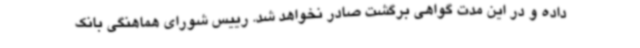
داده و در این مدت گواهی برگشت صادر نخواهد شد. رییس شورای هماهنگی بانک